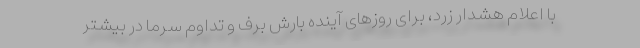
با اعلام هشدار زرد، برای روزهای آینده بارش برف و تداوم سرما در بیشتر